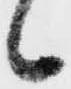
候